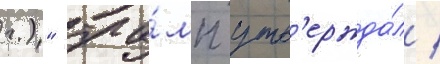
г.)" тра́мп утв'ержда́л /